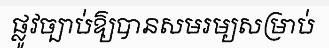
ផ្លូវច្បាប់ឱ្យបានសមរម្យសម្រាប់